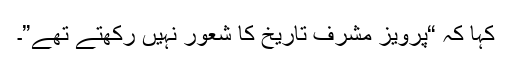
کہا کہ “پرویز مشرف تاریخ کا شعور نہیں رکھتے تھے”۔